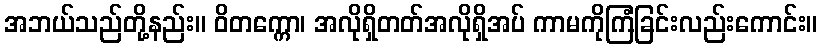
အဘယ်သည်တို့နည်း။ ဝိတက္ကော၊ အလိုရှိတတ်အလိုရှိအပ် ကာမကိုကြံခြင်းလည်းကောင်း။